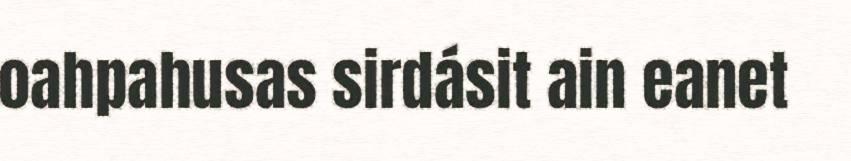
oahpahusas sirdásit ain eanet